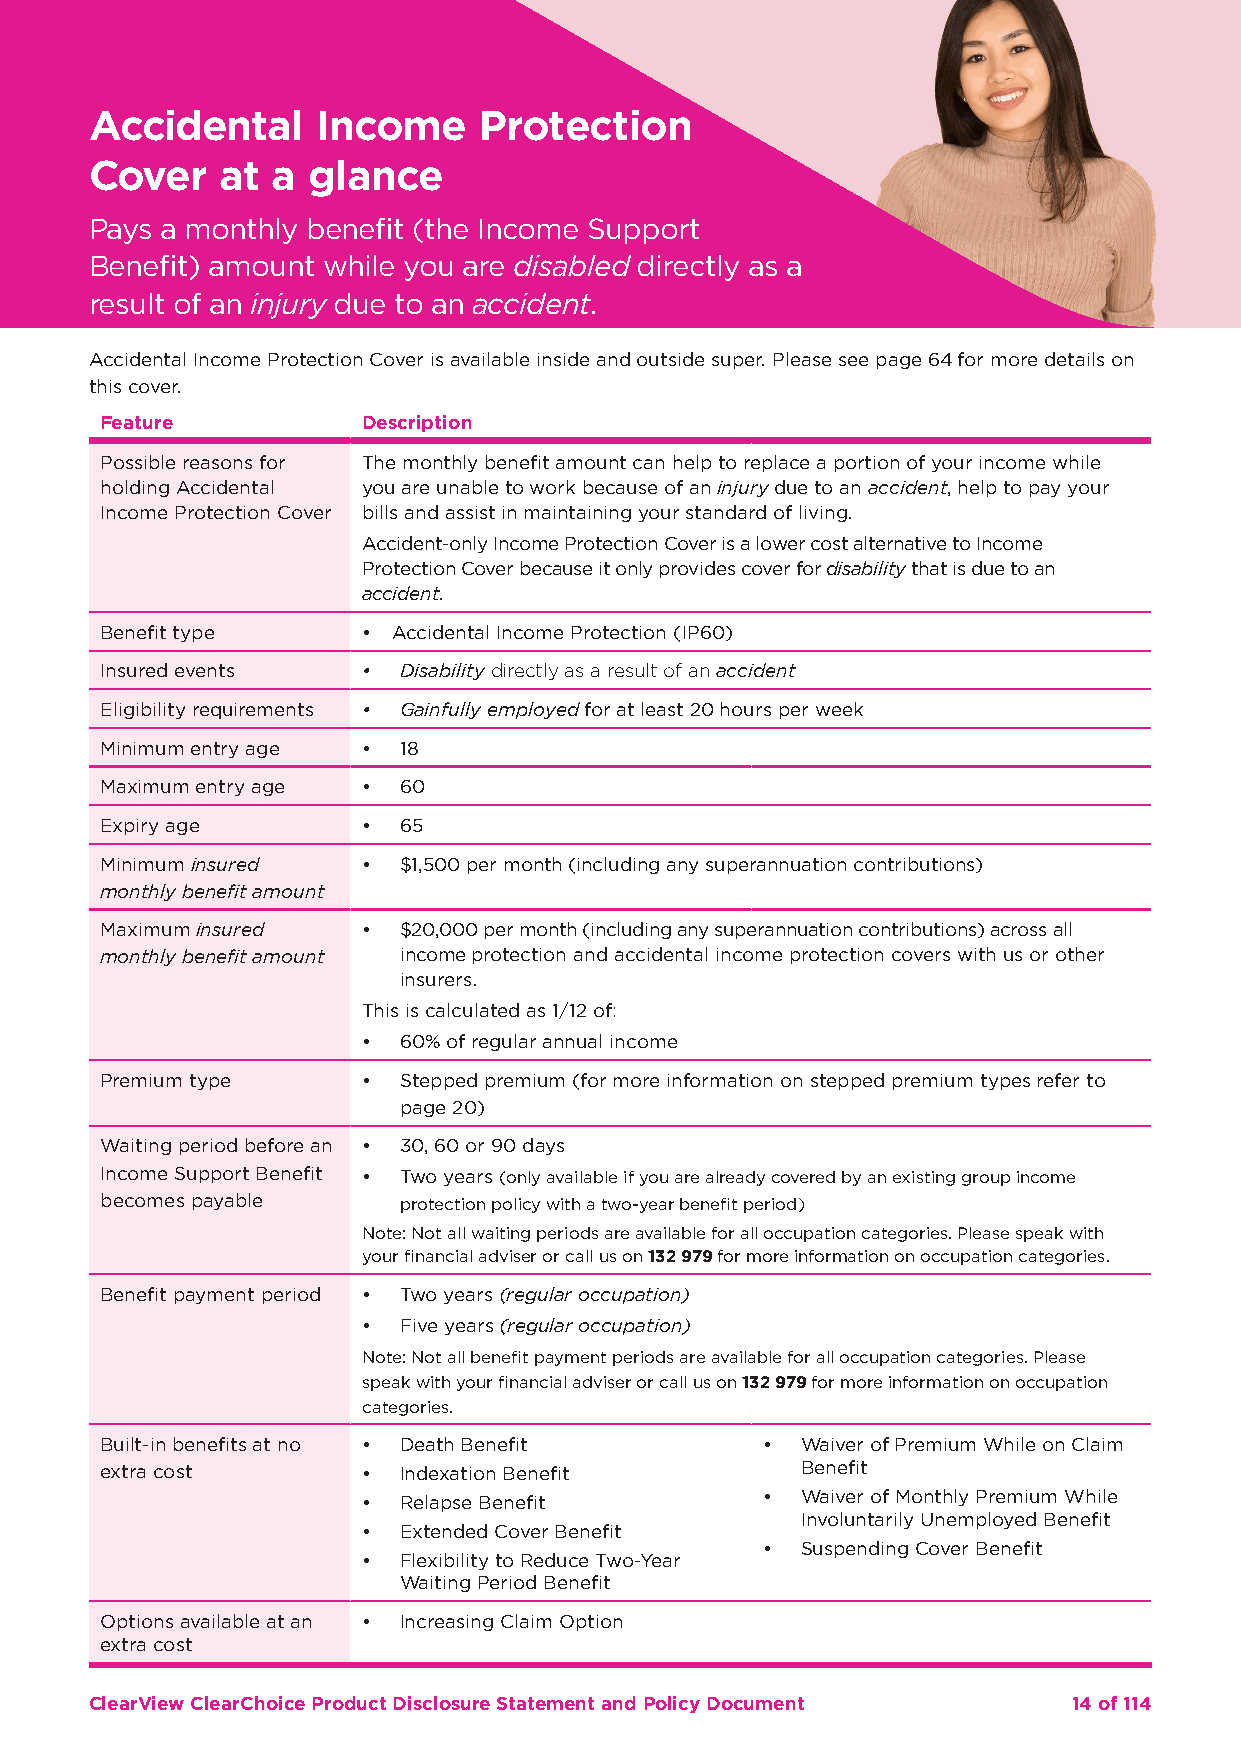
Accidental     Income     Protection
 Cover    at a glance
 Pays a monthly benefit (the Income Support
 Benefit) amount while you are disabled directly as a
 result of an injury due to an accident.
 Accidental Income Protection Cover is available inside and outside super. Please see page 64 for more details on
 this cover.
 Feature          Description
 Possible reasons for The monthly benefit amount can help to replace a portion of your income while
 holding Accidental you are unable to work because of an injury due to an accident, help to pay your
 Income Protection Cover bills and assist in maintaining your standard of living.
 Accident-only Income Protection Cover is a lower cost alternative to Income
 Protection Cover because it only provides cover for disability that is due to an
 accident.
 Benefit type     • Accidental Income Protection (IP60)
 Insured events   • Disability directly as a result of an accident
 Eligibility requirements • Gainfully employed for at least 20 hours per week
 Minimum entry age • 18
 Maximum entry age • 60
 Expiry age       • 65
 Minimum insured  • $1,500 per month (including any superannuation contributions)
 monthly benefit amount
 Maximum insured  • $20,000 per month (including any superannuation contributions) across all
 monthly benefit amount income protection and accidental income protection covers with us or other
 insurers.
 This is calculated as 1/12 of:
 • 60% of regular annual income
 Premium type     • Stepped premium (for more information on stepped premium types refer to
 page 20)
 Waiting period before an • 30, 60 or 90 days
 Income Support Benefit • Two years (only available if you are already covered by an existing group income
 becomes payable    protection policy with a two-year benefit period)
 Note: Not all waiting periods are available for all occupation categories. Please speak with
 your financial adviser or call us on 132 979 for more information on occupation categories.
 Benefit payment period • Two years (regular occupation)
 • Five years (regular occupation)
 Note: Not all benefit payment periods are available for all occupation categories. Please
 speak with your financial adviser or call us on 132 979 for more information on occupation
 categories.
 Built-in benefits at no • Death Benefit    •  Waiver of Premium While on Claim
 extra cost       • Indexation Benefit         Benefit
 • Relapse Benefit         •  Waiver of Monthly Premium While
 Involuntarily Unemployed Benefit
 • Extended Cover Benefit
 •  Suspending Cover Benefit
 • Flexibility to Reduce Two-Year
 Waiting Period Benefit
 Options available at an • Increasing Claim Option
 extra cost
 ClearView ClearChoice Product Disclosure Statement and Policy Document 14 of 114